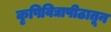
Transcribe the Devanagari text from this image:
कृषिविद्यापीठातून